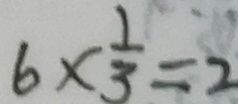
6 \times \frac { 1 } { 3 } = 2